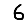
Digit: 6